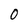
Character: 0